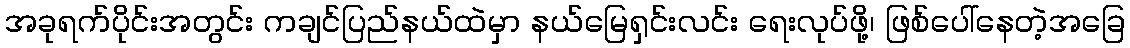
အခုရက်ပိုင်းအတွင်း ကချင်ပြည်နယ်ထဲမှာ နယ်မြေရှင်းလင်း ရေးလုပ်ဖို့၊ ဖြစ်ပေါ်နေတဲ့အခြေ